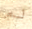
لم